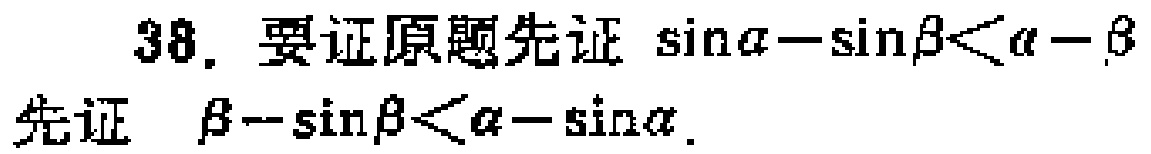
38. 要证原题先证\(\sin\alpha - \sin\beta<\alpha - \beta\)
先证 \(\beta - \sin\beta<\alpha - \sin\alpha\).